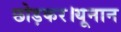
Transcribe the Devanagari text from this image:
छोड़कर।यूनान